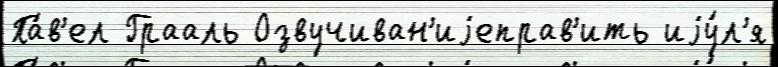
Па́в'ел Грааль Озвучиван'иjеправ'ить иjу́л'я